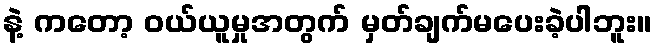
နဲ့ ကတော့ ဝယ်ယူမှုအတွက် မှတ်ချက်မပေးခဲ့ပါဘူး။